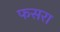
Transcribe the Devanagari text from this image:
फसरा